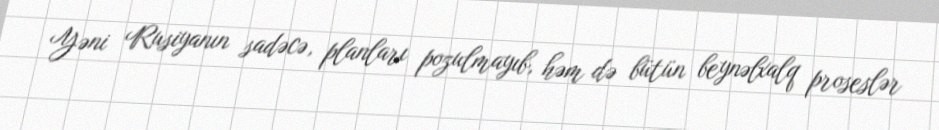
Yəni Rusiyanın sadəcə, planları pozulmayıb, həm də bütün beynəlxalq proseslər